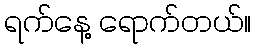
ရက်နေ့ ရောက်တယ်။